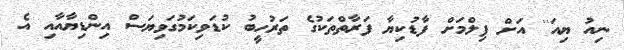
ނިއު ޔިއަ'' އަށް ފިލްމަށް ފާޑުކިޔާ ފަރާތްތަކުގެ ތަރުހީބު ކުޑަވިކަމުގަވިޔަސް އިންޑިޔާއާއި އެ